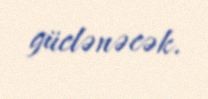
güclənəcək.